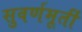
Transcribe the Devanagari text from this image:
सुवर्णमूर्ती